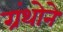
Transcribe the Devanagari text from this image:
ग्रंथोने